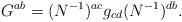
LaTeX: \begin{align*}G^{ab}= (N^{-1})^{ac} g_{cd} (N^{-1})^{db}.\end{align*}